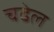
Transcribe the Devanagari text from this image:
चढेल